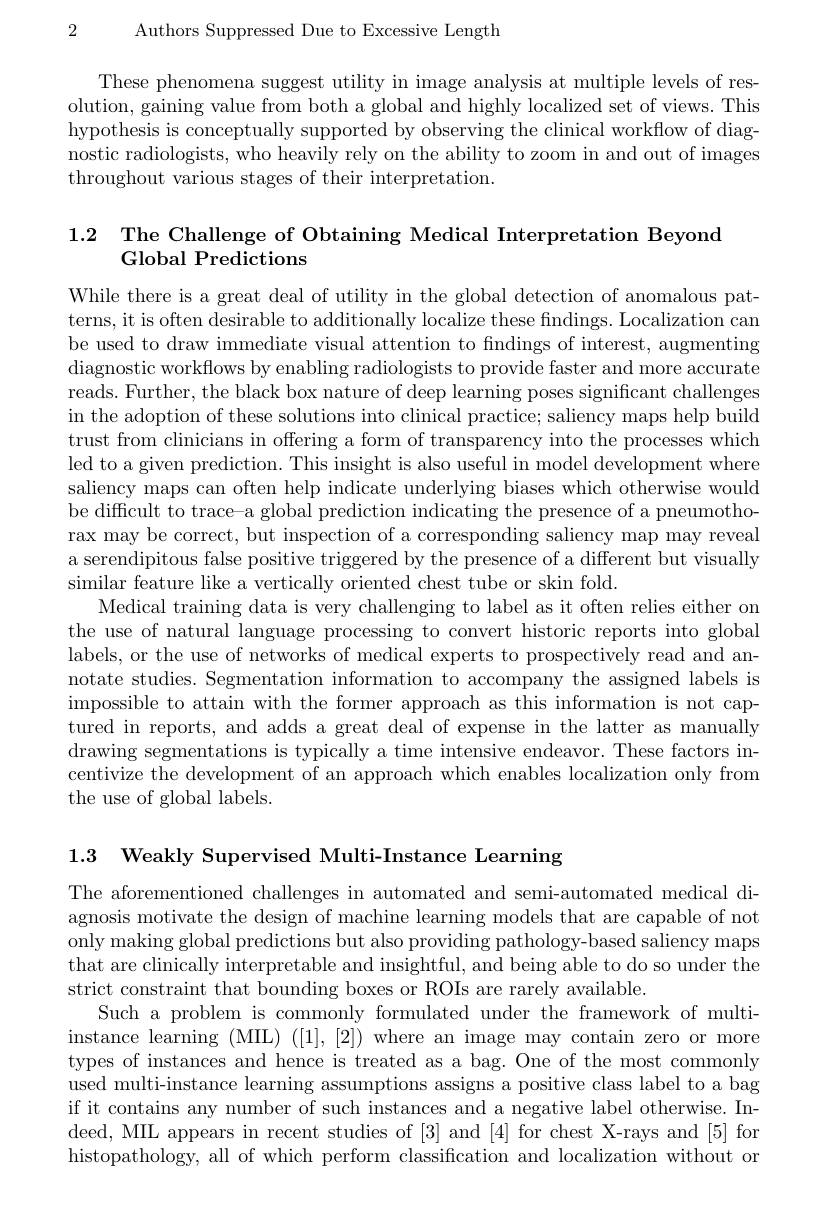
2 Authors Suppressed Due to Excessive Length

These phenomena suggest utility in image analysis at multiple levels of resolution, gaining value from both a global and highly localized set of views. This hypothesis is conceptually supported by observing the clinical workflow of diagnostic radiologists, who heavily rely on the ability to zoom in and out of images throughout various stages of their interpretation.

# $\begin{array}{ll}{1.2}&{{\mathrm{The~Challenge~of~Obtaining~Medical~Interpretation~Beyond}}}\\&{{\mathrm{Global~Predictions}}}\end{array}$

While there is a great deal of utility in the global detection of anomalous patterns, it is often desirable to additionally localize these fndings. Localization can be used to draw immediate visual attention to findings of interest, augmenting diagnostic workflows by enabling radiologists to provide faster and more accurate reads. Further, the black box nature of deep learning poses significant challenges in the adoption of these solutions into clinical practice; saliency maps help build trust from clinicians in offering a form of transparency into the processes which led to a given prediction. This insight is also useful in model development where saliency maps can often help indicate underlying biases which otherwise would be difficult to trace-a global prediction indicating the presence of a pneumothorax may be correct, but inspection of a corresponding saliency map may reveal a serendipitous false positive triggered by the presence of a different but visually similar feature like a vertically oriented chest tube or skin fold.
Medical training data is very challenging to label as it often relies either on the use of natural language processing to convert historic reports into global labels, or the use of networks of medical experts to prospectively read and annotate studies. Segmentation information to accompany the assigned labels is impossible to attain with the former approach as this information is not captured in reports, and adds a great deal of expense in the latter as manually drawing segmentations is typically a time intensive endeavor. These factors incentivize the development of an approach which enables localization only from the use of global labels.

1.3 Weakly Supervised Multi-Instance Learning

The aforementioned challenges in automated and semi-automated medical diagnosis motivate the design of machine learning models that are capable of not only making global predictions but also providing pathology-based saliency maps that are clinically interpretable and insightful, and being able to do so under the strict constraint that bounding boxes or ROIs are rarely available.
Such a problem is commonly formulated under the framework of multiinstance learning (MIL) ([1],[2]) where an image may contain zero or more types of instances and hence is treated as a bag. One of the most commonly used multi-instance learning assumptions assigns a positive class label to a bag if it contains any number of such instances and a negative label otherwise. Indeed, MIL appears in recent studies of [3] and [4] for chest X-rays and [5] for histopathology, all of which perform classification and localization without or